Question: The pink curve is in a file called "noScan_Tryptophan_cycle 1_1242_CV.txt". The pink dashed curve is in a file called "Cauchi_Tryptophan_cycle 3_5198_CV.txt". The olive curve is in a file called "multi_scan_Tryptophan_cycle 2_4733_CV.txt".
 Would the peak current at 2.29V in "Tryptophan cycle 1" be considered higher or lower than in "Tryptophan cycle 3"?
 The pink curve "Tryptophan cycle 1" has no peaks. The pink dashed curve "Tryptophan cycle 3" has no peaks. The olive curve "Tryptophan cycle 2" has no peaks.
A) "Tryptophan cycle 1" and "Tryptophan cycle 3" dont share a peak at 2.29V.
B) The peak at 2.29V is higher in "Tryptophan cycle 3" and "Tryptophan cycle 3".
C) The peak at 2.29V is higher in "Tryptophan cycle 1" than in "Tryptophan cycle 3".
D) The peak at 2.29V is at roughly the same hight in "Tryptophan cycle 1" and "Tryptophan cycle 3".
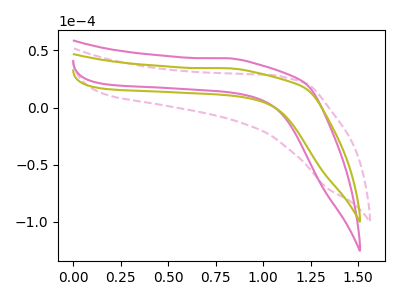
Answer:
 <answer>A) "Tryptophan cycle 1" and "Tryptophan cycle 3" dont share a peak at 2.29V.</answer>
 <eval>A</eval>